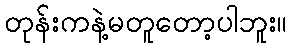
တုန်းကနဲ့မတူတော့ပါဘူး။